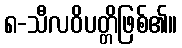
၈-သီလဝိပတ္တိဖြစ်၏။